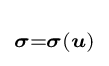
\scriptstyle {\boldsymbol {\sigma }}={\boldsymbol {\sigma }}({\boldsymbol {u}})